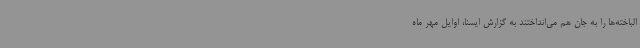
الباخته‌ها را به جان هم می‌انداختند به گزارش ایسنا، اوایل مهر ماه